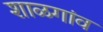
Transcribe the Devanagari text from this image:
शाळगांव